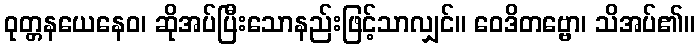
ဝုတ္တနယေနေဝ၊ ဆိုအပ်ပြီးသောနည်းဖြင့်သာလျှင်။ ဝေဒိတဗ္ဗော၊ သိအပ်၏။